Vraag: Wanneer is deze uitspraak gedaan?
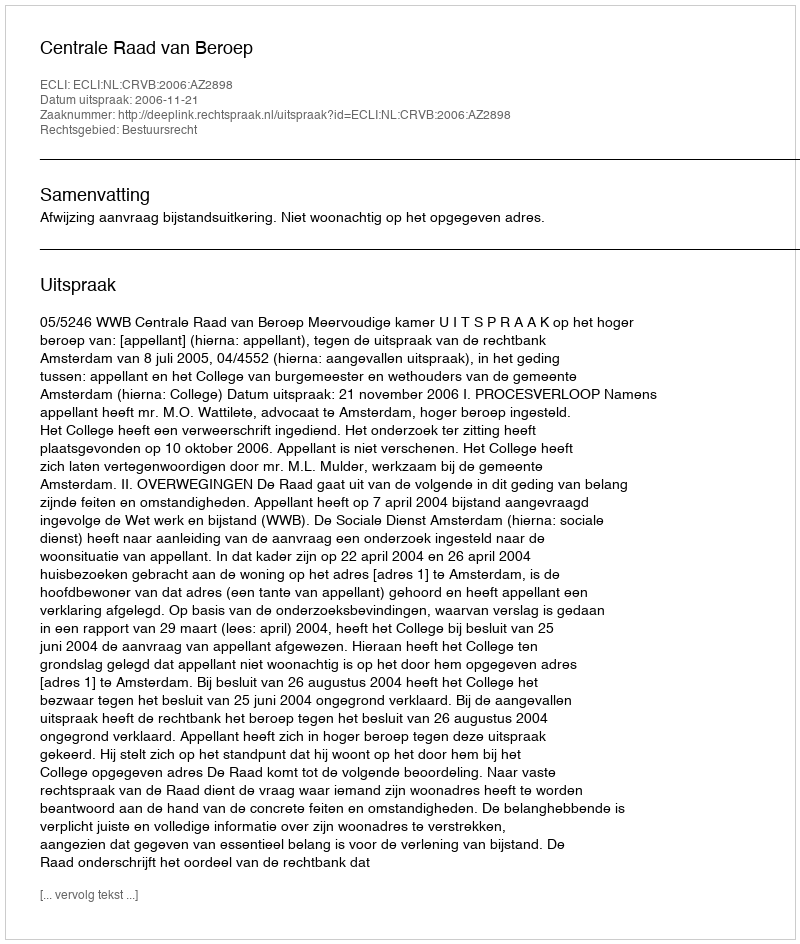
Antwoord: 2006-11-21